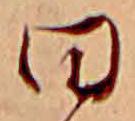
日